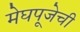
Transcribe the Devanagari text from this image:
मेघपूजेची